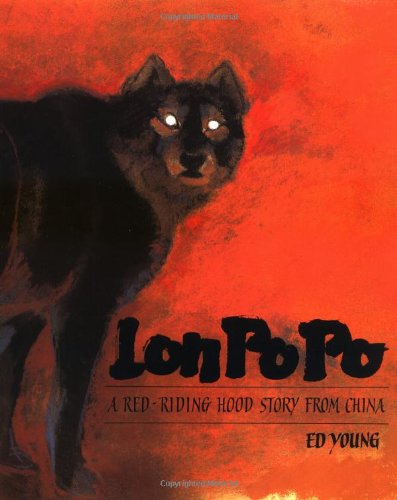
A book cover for Lon Po Po: A Red-Riding Hood Story from China; Children's Books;